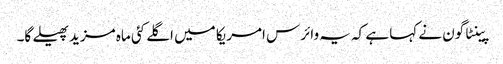
پینٹاگون نے کہا ہے کہ یہ وائرس امریکا میں اگلے کئی ماہ مزید پھیلے گا۔